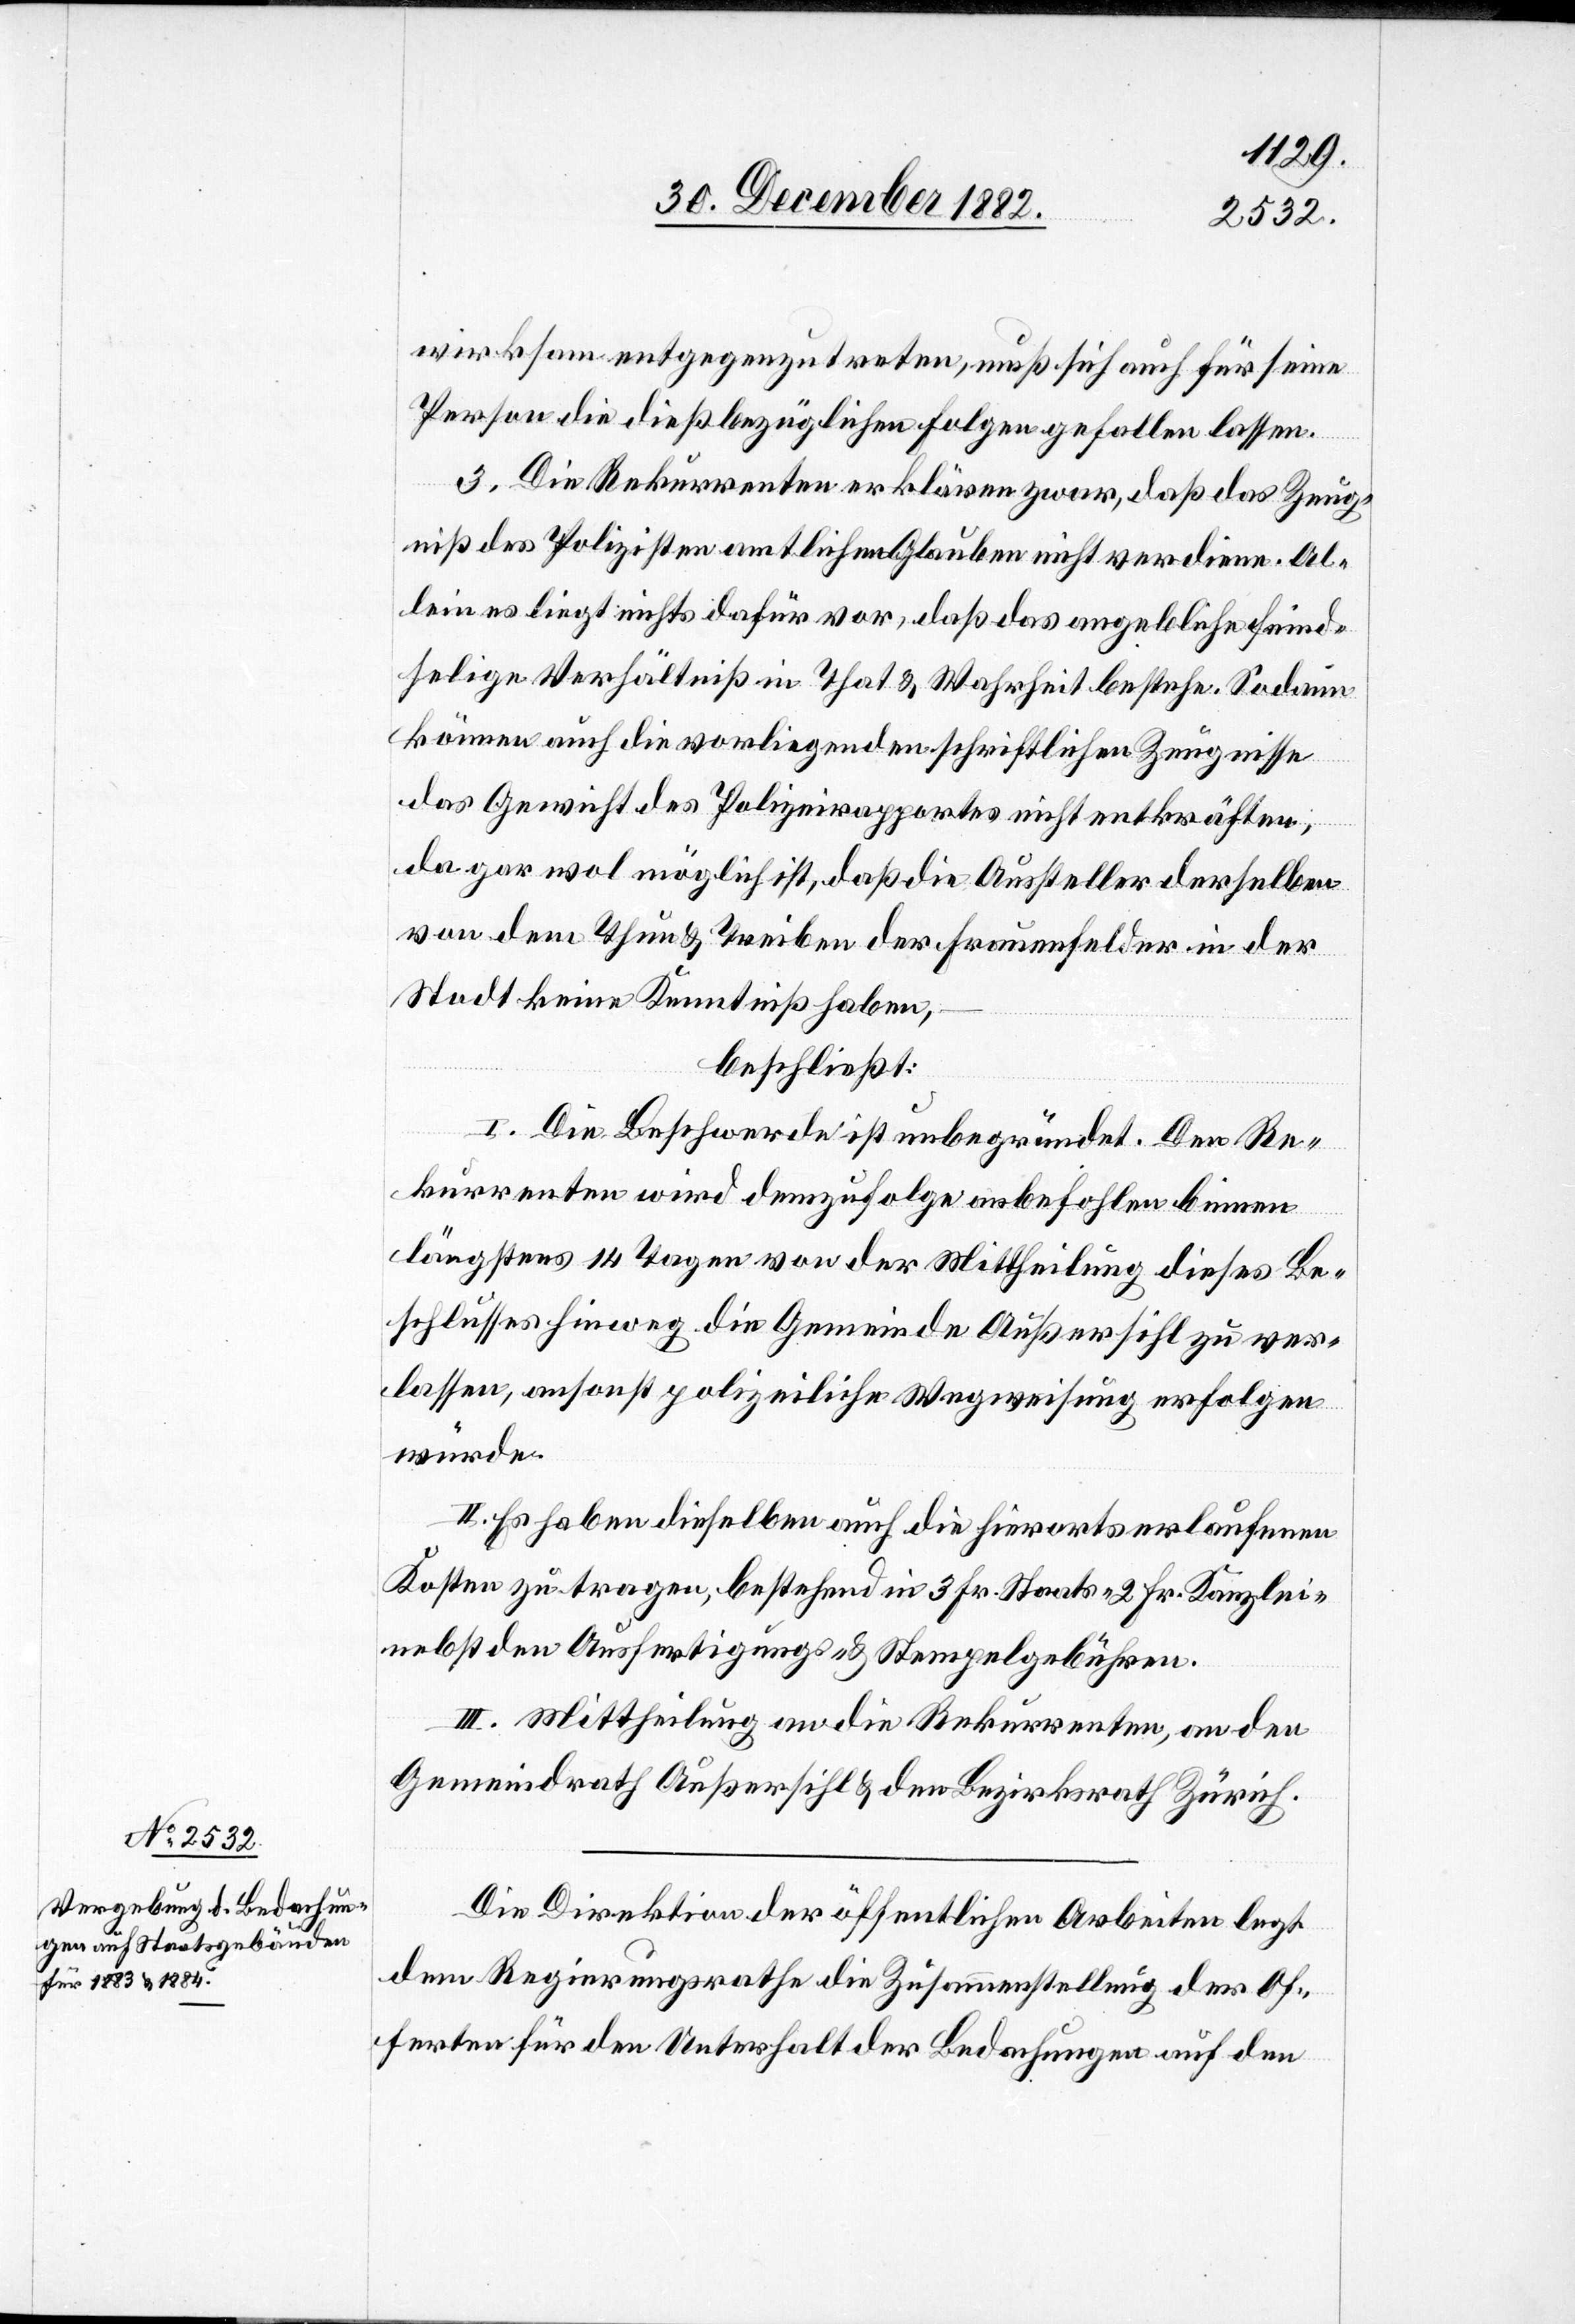
wirksam entgegenzutreten, muß sich auch für seine
Person die dießbezüglichen Folgen gefallen lassen.
3. Die Rekurrenten erklären zwar, daß das Zeug¬
niß des Polizisten amtlichen Glauben nicht verdiene. Al¬
lein es liegt nichts dafür vor, daß das angebliche feind¬
selige Verhältniß in That & Wahrheit bestehe. Sodann
können auch die vorliegenden schriftlichen Zeugnisse
das Gewicht des Polizeirapportes nicht entkräften,
da gar wol möglich ist, daß die Aussteller derselben
von dem Thun & Treiben der Frauenfelder in der
Stadt keine Kenntniß haben,
beschließt:
I. Die Beschwerde ist unbegründet. Den Re¬
kurrenten wird demzufolge anbefohlen binnen
längstens 14 Tage von der Mittheilung dieses Be¬
schlusses hinweg die Gemeinde Außersihl zu ver¬
lassen, ansonst polizeiliche Wegweisung erfolgen
würde.
II. Es haben dieselben auch die hierorts erlaufenen
Kosten zu tragen, bestehend in 3 Fr. Staats- 2 Fr. Kanzlei-
nebst den Ausfertigungs- & Stempelgebühren.
III. Mittheilung an die Rekurrenten, an den
Gemeindrath Außersihl & den Bezirksrath Zürich.
Die Direktion der öffentlichen Arbeiten legt
dem Regierungsrathe die Zusammenstellung der Of¬
ferten für den Unterhalt der Bedachungen auf den